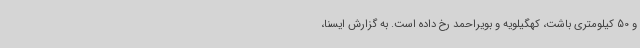
و 50 کیلومتری باشت، کهگیلویه و بویراحمد رخ داده است. به گزارش ایسنا،